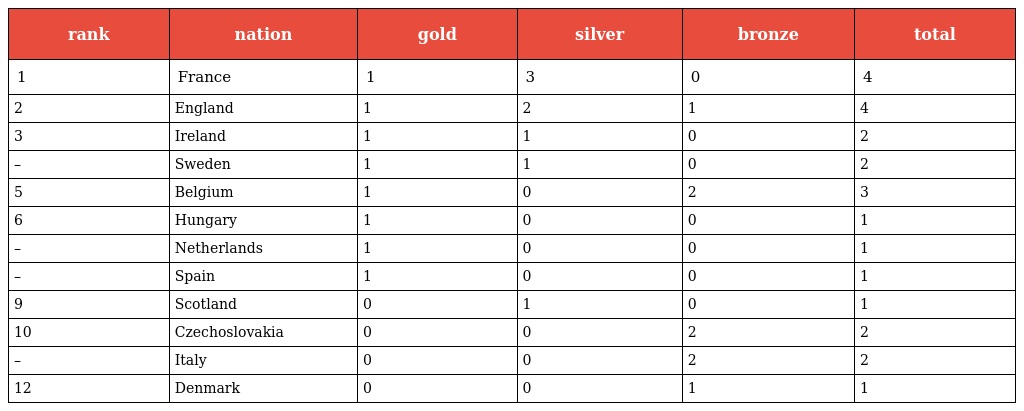
| rank | nation | gold | silver | bronze | total |
 | --- | --- | --- | --- | --- | --- |
 | 1 | France | 1 | 3 | 0 | 4 |
 | 2 | England | 1 | 2 | 1 | 4 |
 | 3 | Ireland | 1 | 1 | 0 | 2 |
 | – | Sweden | 1 | 1 | 0 | 2 |
 | 5 | Belgium | 1 | 0 | 2 | 3 |
 | 6 | Hungary | 1 | 0 | 0 | 1 |
 | – | Netherlands | 1 | 0 | 0 | 1 |
 | – | Spain | 1 | 0 | 0 | 1 |
 | 9 | Scotland | 0 | 1 | 0 | 1 |
 | 10 | Czechoslovakia | 0 | 0 | 2 | 2 |
 | – | Italy | 0 | 0 | 2 | 2 |
 | 12 | Denmark | 0 | 0 | 1 | 1 |